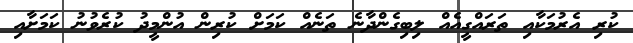
ކުރި އެރުމަކާއި ތަރައްގީއެއް ލިބިގެންދާނެ ތަނެއް ކަމަށް ކުރިން އުންމީދު ކުރެވުނު ކަމަށާއި